King Institute of Preventive Medicine Micro-Biological Section reports 1909-11
Year: 1909
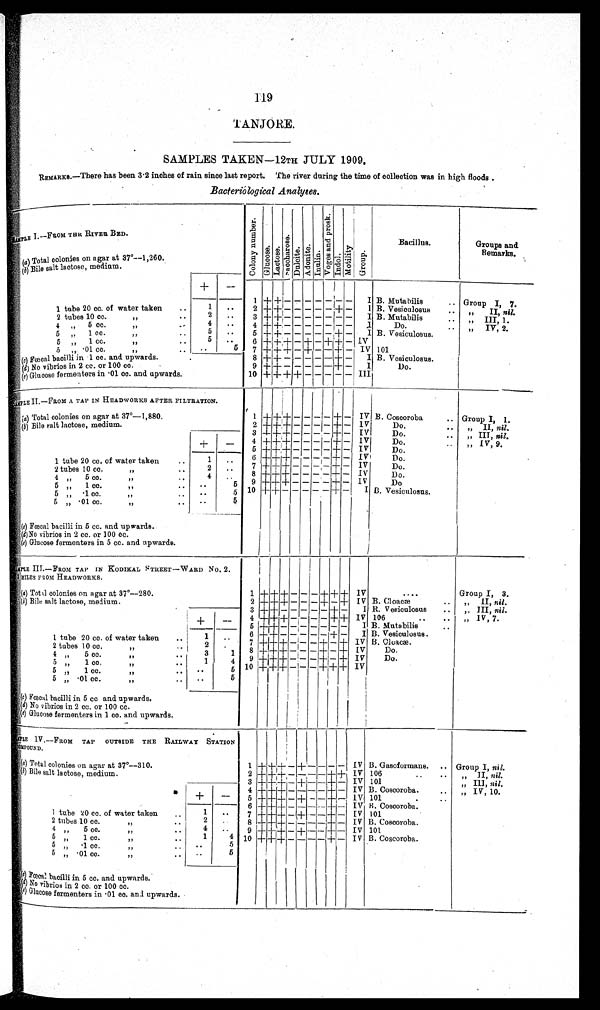
119
TANJORE.
SAMPLES TAKEN–12TH JULY 1909.
REMARKS.—There has been 3.2 inches of rain since last report. The river during the time of collection was in high floods.
Bacteriological Analyses.
S A M P L E I . — F R O M T H E R I V E R B E D .
C o l o n y n u m b e r .
Glucose Lactose
Saccheros
D u l c i t Adonit I n u l i n
V o g e s a n d P r o s k
Indol
Motility G r o u p
Bacillus.
Groups and
Remarks.
(a) Total colonies on agar at 37°—1,260.
( b )
B i l e s a l t l a c t o s e , m e d i u m .
+
– 1
+ + – – – – – – –
I
B . M u t a b i l i s Group I,7
1 tube 20 cc. of water taken
..
1
. .
2 + + – – – – – + –
I
B . V e s i c u l o s u s
,,
II, nil..
2 tubes 10 cc.
, ,
. .
. .
3 + + – – – – – – –
I B . M u t a b i l i s
, , I I I , 1 .
4
5 cc.
, ,
4
. .
4 + + – – – – – – –
I
Do.
. .
IV 2.
5 , , 1 c c . , , . .
5
. .
5 + + – – – – – – –
5 , , 1 c c . , , . .
5
. .
6
+ + + – – + + + – IV
5 , , . 0 1 c c . . .
. .
5
7 + + + – + – – + — IV 101
„
Fœcal bacilli in 1 cc. and upwards.
.
8
+ + + – – – – + –
I B. Vesiculosus.
(c) No vibrios in 2 cc. or 100 cc.
9
+ + – – – – – + –
I
Do.
(e ) G l u c o s e f e r m e n t e r s i n . 0 1 o c . a n d u p w a r d s .
10 + + + +
– – – – –
I I I
SAMPLE II.—FROM A TAP IN HEADWORKS AFTER FILTRATION.
(a) Total colonies on agar at 37°—1,880.
1 + + + – – – – + – IV B. Coscoroba
.. Group I, 1 .
(
b
) Bile salt lactose, medium
2 + + + – – – – + – IV
Do.
..
„ II, n i l .
3 + + + – – – – + – IV
Do.
..
„ III nil.
+
–
+ + + + – – – – + – 1V
Do.
,, IV, 9.
_
5 + + + – – – – + –
I V
Do.
1 tube 20 cc. of water taken
..
1
. .
6 +++ + – – – – + – IIV
Do.
2 tubes 10 cc.
2
..
7 + + + – – – – + –
I V
Do.
, , ,
4
. .
8 + + + – – – + –
I V
D o .
4
5 cc.
>>1
71
5
c.
. .
5
9 + + + – – – – + –
I V
Do
„
1,
. .
5
.1 co. .
. .
5 10 + + +–– – – – – –
I B. Vesiculosus.
„
1) 5 ,, .01 cc. ,, ..
. .
5
(
c ) F œ c a l b a c i l l i i n 5 c c . a n d u p w a r d s .
( d) No vibrios in 2 cc. or 100 cc.
(e) Glucose fermenters in 5 cc. and upwards.
SAMPLE III.—FROM TAP IN KODIKAL STREET—WARD No. 2.
SMILES FROM HEADWORKS.
(a) Total colonies on agar at 37°—280.
1
+ + + – – – + + + IV
. . . . Group I, 3.
(1) Bile salt lactose, medium.
2 + + + – – – – – + IV B. Cloacæ
..
„ II, nil.
3 + + – – – – – + –
I B. V esiculosus
..
,, III, nil.
+ –
4 + + + – – – – + + IV 106
..
..
, , I V , 7 .
. . 5 + + + – – – – – –
I B. Mutabilis
..
1
. .
6+ + – – – – – + –
I R. Vesiculosus.
1 tube 20 cc. of water taken
2
..
7
+ + + – – – + – + IV B. Cloacæ
2 tubes 10 cc.
,,
3
. .
8 + + + – – – + – + IV
Do.
4 ,, 5cc. ,, ..
1
4 9 + + + – – – + – +
I V
Do.
5 ,, 1 cc. ,, ..
. .
5 10 + + + – – – – – + IV
5 . „ . 1 c c , , . .
5
5 „ .01 cc.
,, ..
. .
5
(c ) Fœcal bacilli in 5 cc and upwards.
(d ) No vibrios in 2 cc. or 100 cc.
(e) Glucose fermenters in 1 cc. and upwards.
SAMPLE IV.—FROM TAP OUTSIDE THE RAILWAY STATION
COMPOUND.
,
(a) Total colonies on agar at 37°—310.
1 + + + – –
–
– – – IV B. Gasoformans. .. Group I, nil.
(b) Bile salt lactose, medium.
2 + + + – – – – + + IV 106
..
..
„ II, nil.
3 + + + – + – – + – IV 101
„ III, nil.
+
- 4 + + + – – – – + – IV B. Coscoroba.
IV 1 10
..
11
.
+ 5 + + + + ++ + - + - IV 101
. ..
— 6 + + + - - - -- + - IV B. Coscoroba.
I tube 20 cc. of water taken
,..
1
. .
7 7 + + + - - - - + -
I V 101
2 tubes 10 cc.
2
8 + + + - - + - + -
I V B. Coscoroba.
I,
. .
4
5 cc.
4
. .
9
+ + + - + - - - -
I V 101
„
7,
..
5
1 Cc.
1
4 10
+ + + - + - - + - IV B. Coscoroba.
„
„
5 „ -1 cc.
..
,,
. .
5
+++
5 „
. 0 1 c c .
, ,
. .
. .
5
(c) Fœcal bacilli in 5 cc. and upwards.
( d) No vibrios in 2 cc. or 100 cc.
( e ) G l u c o s e f e r m e n t e r s i n . 0 1 c c . a n d u p w a r d s .
. . .